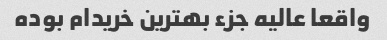
واقعا عالیه جزء بهترین خریدام بوده